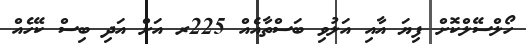
ހޯލްސޭލްކޮށް ފިޔަ އާއި އަލުވި ބަސްތާއެއް 225ރ އަށް އަދި ބިސް ކޭހެއް